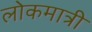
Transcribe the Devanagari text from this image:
लोकमात्री